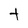
Character: t